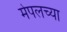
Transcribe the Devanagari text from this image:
मेपलच्या